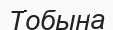
Тобына